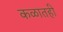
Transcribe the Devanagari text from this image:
कळातही